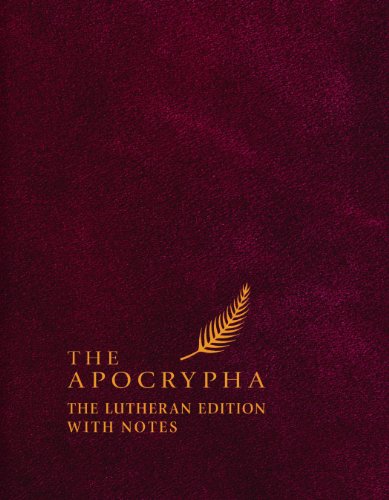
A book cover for The Apocrypha: The Lutheran Edition With Notes; Editor - Edward Engelbrecht; Christian Books & Bibles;